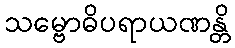
သမ္ဗောဓိပရာယဏန္တိ